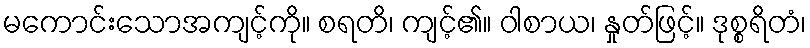
မကောင်းသောအကျင့်ကို။ စရတိ၊ ကျင့်၏။ ဝါစာယ၊ နှုတ်ဖြင့်။ ဒုစ္စရိတံ၊